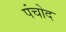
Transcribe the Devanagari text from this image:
पंचोद